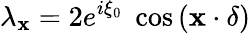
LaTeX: \lambda_{\mathbf{x}}=2e^{i\xi_{0}}\; \cos{(\mathbf{x}\cdot\delta)}